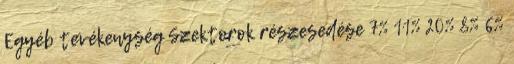
Egyéb tevékenység Szektorok részesedése 7% 11% 20% 8% 6%